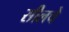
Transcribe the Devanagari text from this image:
सीलचे